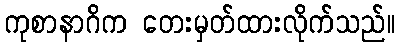
ကုစာနာဂိက တေးမှတ်ထားလိုက်သည်။